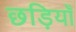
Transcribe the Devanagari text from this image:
छड़ियाँ